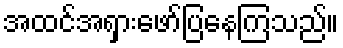
အထင်အရှားဖော်ပြနေကြသည်။